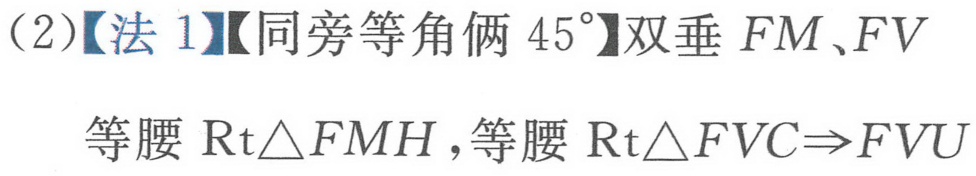
（2）【法 1】【同旁等角俩 \(45^{\circ}\)】双垂 \(FM、FV\)
等腰 \(\text{Rt}\triangle FMH\) ,等腰 \(\text{Rt}\triangle FVC\Rightarrow FVU\)